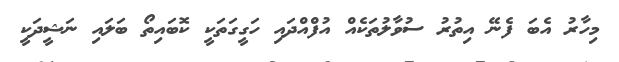
މިހާރު އެބަ ފެނޭ އިތުރު ސުވާލުތަކެއް އުފްއްދައި ހަގީގަތަކީ ކޮބައިތޯ ބަލައި ނަޝީދަކީ